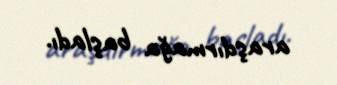
araşdırmağa başladı.